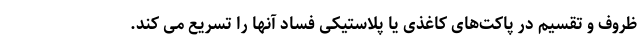
ظروف و تقسیم در پاکت‌های کاغذی یا پلاستیکی فساد آنها را تسریع می کند.